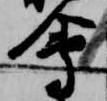
会